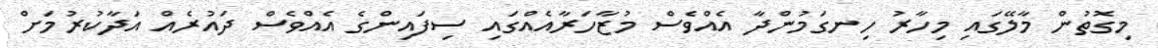
މިގޮތުން މާލޭގައި މިހާރު ހިނގަމުންދާ އެއްވެސް މުޒާހަރާއެއްގައި ސިފައިންގެ އެއްވެސް ދައުރެއް އަދާކުރުމަށް